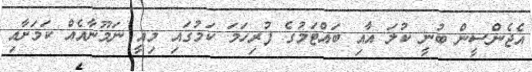
އެޖެންސީން ބުނީ ކުލަ އާއި ބައްޓަމުގެ ފުރިހަމަ ކަމުގައި މިއީ ނަމޫނާއެއް ކަމަށާއި